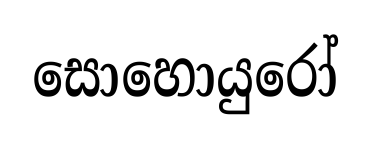
සොහොයුරෝ